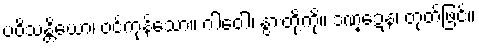
ပဝိသန္တိယော၊ ဝင်ကုန်သော။ ဂါဝေါ၊ နွားတို့ကို။ ဒဏ္ဍေန၊ တုတ်ဖြင့်။